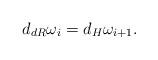
LaTeX: \begin{align*}d_{dR} \omega_i = d_H \omega_{i+1}.\end{align*}